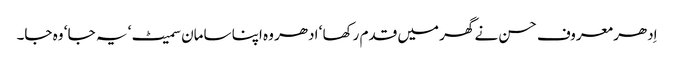
اِدھر معروف حسن نے گھر میں قدم رکھا ‘ ادھر وہ اپنا سامان سمیٹ ‘ یہ جا ‘ وہ جا۔